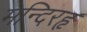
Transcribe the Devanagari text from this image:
मन्दिरहृ